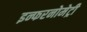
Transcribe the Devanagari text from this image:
इन्फरनोमेट्री